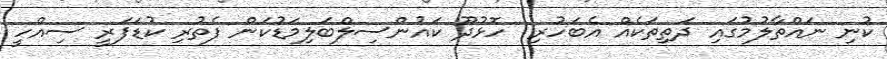
ކުނި ނައްތާލުމުގައި ދަތިތަކެއް އެބަހުރި  ހޮޅުދޫ ކައުންސިލްބަލިމަޑުކަން ފެތުރި ކުޑަފަރީ ސިއްހީ